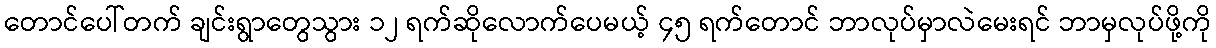
တောင်ပေါ်တက် ချင်းရွာတွေသွား ၁၂ ရက်ဆိုလောက်ပေမယ့် ၄၅ ရက်တောင် ဘာလုပ်မှာလဲမေးရင် ဘာမှလုပ်ဖို့ကို